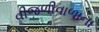
વીજળીવાળાના